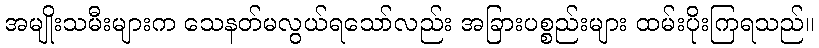
အမျိုးသမီးများက သေနတ်မလွယ်ရသော်လည်း အခြားပစ္စည်းများ ထမ်းပိုးကြရသည်။